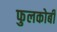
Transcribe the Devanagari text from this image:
फुलकोबी